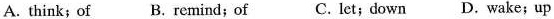
A. think; of B. Remind; of C. Let; down D. Wake; up